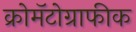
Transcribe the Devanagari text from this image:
क्रोमॅटोग्राफीक